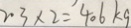
2 . 3 \times 2 = 4 0 6 k g